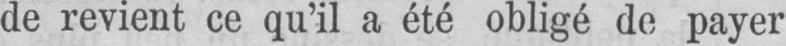
de revient ce qu’il a été obligé de payer